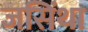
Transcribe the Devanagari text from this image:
जसिंथा